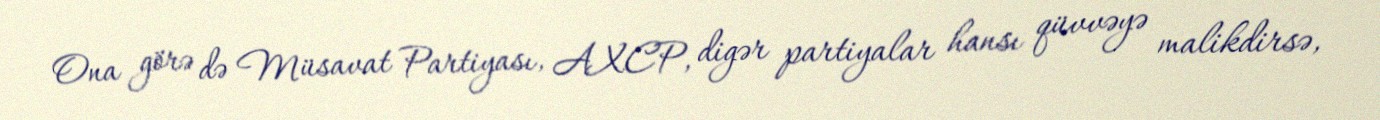
Ona görə də Müsavat Partiyası, AXCP, digər partiyalar hansı qüvvəyə malikdirsə,